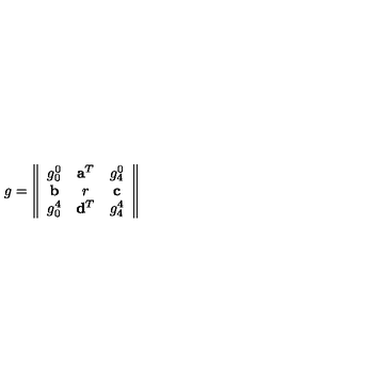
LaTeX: g = \left\| \begin{array} { c c c } { g _ { 0 } ^ { 0 } } & { { \bf a } ^ { T } } & { g _ { 4 } ^ { 0 } } \\ { { \bf b } } & { r } & { { \bf c } } \\ { g _ { 0 } ^ { 4 } } & { { \bf d } ^ { T } } & { g _ { 4 } ^ { 4 } } \\ \end{array} \right\| \